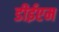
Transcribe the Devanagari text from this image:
डीईएम